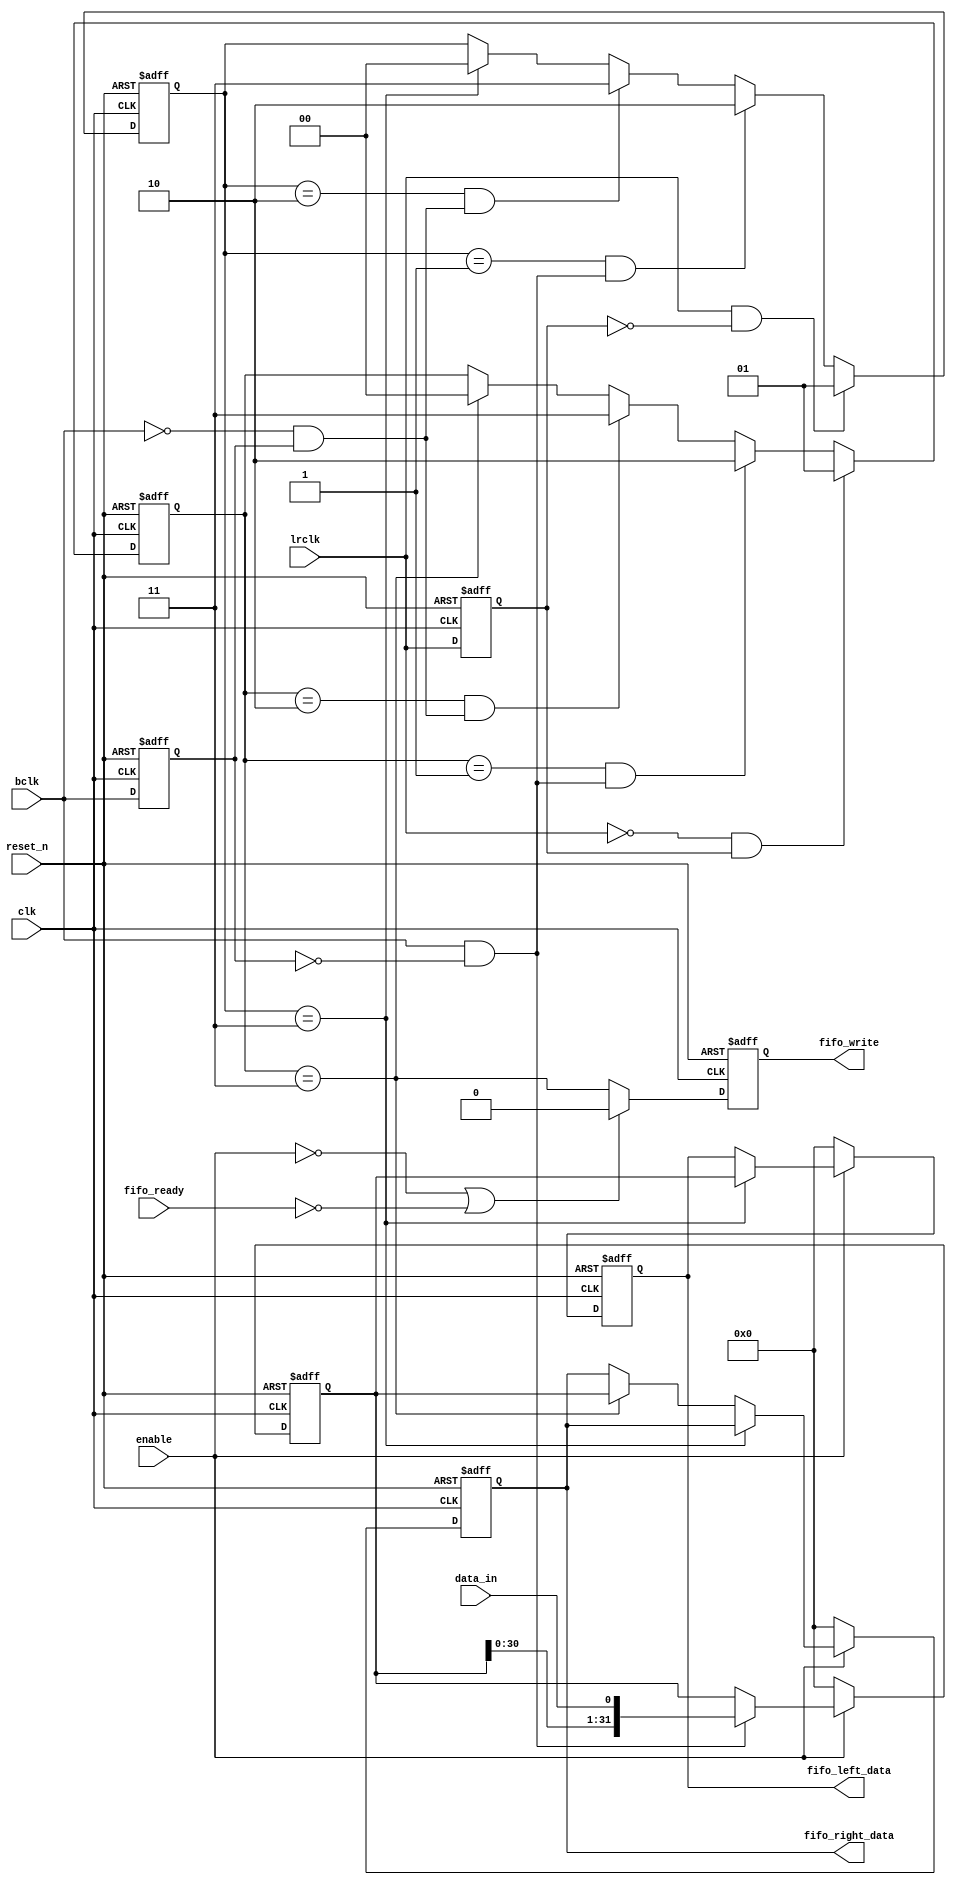
/*
 * I2S shift in function.  Data interface is a FIFO.  FIFO is assumed to be dual-clock.
 * There will be no writes if not enabled.
 * New values will be written to FIFO only when fifo_ready.  If enabled, but not ready,
 * the last data sample will be dropped.
 */
module i2s_shift_in (
	input				clk,				// Master clock, should be synchronous with bclk/lrclk
	input				reset_n,			// Asynchronous reset
	output reg	[31:0]	fifo_right_data,	// Fifo interface, right channel
	output reg	[31:0]	fifo_left_data,		// Fifo interface, left channel
	input				fifo_ready,			// Fifo ready (not full)
	output reg			fifo_write,			// Fifo write strobe, write only when l+r received

	input				enable,				// Software enable
	input				bclk,				// I2S bclk
	input				lrclk,				// I2S lrclk (word clock)
	input				data_in				// Data in from ADC
);

	// bclk edge
	reg bclk_delayed;
	always @(posedge clk or negedge reset_n)
	begin
		if (~reset_n)
		begin
			bclk_delayed <= 0;
		end
		else
		begin
			bclk_delayed <= bclk;
		end
	end
	wire bclk_rising_edge = bclk & ~bclk_delayed;
	wire bclk_falling_edge = ~bclk & bclk_delayed;
		
	// lrclk edges
	reg lrclk_delayed;
	always @(posedge clk or negedge reset_n)
	begin
		if (~reset_n)
		begin
			lrclk_delayed <= 0;
		end
		else
		begin
			lrclk_delayed <= lrclk;
		end
	end
	wire lrclk_rising_edge = lrclk & ~lrclk_delayed;
	wire lrclk_falling_edge = ~lrclk & lrclk_delayed;

	// I2S is one bclk delayed, so detect falling egde of first (complete) bclk after each lrclk edge
	reg [1:0] first_bclk_falling_after_lrclk_rising_r;
	always @(posedge clk or negedge reset_n)
	begin
		if (~reset_n)
		begin
			first_bclk_falling_after_lrclk_rising_r <= 0;
		end
		else
		begin
			if (lrclk_rising_edge)
				first_bclk_falling_after_lrclk_rising_r <= 2'b01;
			else if (first_bclk_falling_after_lrclk_rising_r == 2'b01 && bclk_rising_edge)
				first_bclk_falling_after_lrclk_rising_r <= 2'b10;
			else if (first_bclk_falling_after_lrclk_rising_r == 2'b10 && bclk_falling_edge)
				first_bclk_falling_after_lrclk_rising_r <= 2'b11;
			else if (first_bclk_falling_after_lrclk_rising_r == 2'b11)
				first_bclk_falling_after_lrclk_rising_r <= 2'b00;
		end
	end
	wire first_bclk_falling_after_lrclk_rising = first_bclk_falling_after_lrclk_rising_r == 2'b11;
	
	reg [1:0] first_bclk_falling_after_lrclk_falling_r;
	always @(posedge clk or negedge reset_n)
	begin
		if (~reset_n)
		begin
			first_bclk_falling_after_lrclk_falling_r <= 0;
		end
		else
		begin
			if (lrclk_falling_edge)
				first_bclk_falling_after_lrclk_falling_r <= 2'b01;
			else if (first_bclk_falling_after_lrclk_falling_r == 2'b01 && bclk_rising_edge)
				first_bclk_falling_after_lrclk_falling_r <= 2'b10;
			else if (first_bclk_falling_after_lrclk_falling_r == 2'b10 && bclk_falling_edge)
				first_bclk_falling_after_lrclk_falling_r <= 2'b11;
			else if (first_bclk_falling_after_lrclk_falling_r == 2'b11)
				first_bclk_falling_after_lrclk_falling_r <= 2'b00;
		end
	end
	wire first_bclk_falling_after_lrclk_falling = first_bclk_falling_after_lrclk_falling_r == 2'b11;
	
	// shift-register
	reg [31:0] shift_register;
	always @(posedge clk or negedge reset_n)
	begin
		if (~reset_n)
		begin
			shift_register <= 0;
		end
		else
		begin
			if (~enable)
				shift_register <= 0;
			else if (bclk_rising_edge)
				shift_register <= {shift_register[30:0], data_in};
		end
	end

	// Load output register
	always @(posedge clk or negedge reset_n)
	begin
		if (~reset_n)
		begin
			fifo_right_data <= 0;
			fifo_left_data <= 0;
		end
		else
		begin
			if (~enable)
			begin
				fifo_right_data <= 0;
				fifo_left_data <= 0;
			end
			else if (first_bclk_falling_after_lrclk_rising)
				fifo_left_data <= shift_register;
			else if (first_bclk_falling_after_lrclk_falling)
				fifo_right_data <= shift_register;
		end				
	end

	// fifo write strobe, one clock after right channel has been loaded to output register
	always @(posedge clk or negedge reset_n)
	begin
		if (~reset_n)
		begin
			fifo_write <= 0;
		end
		else
		begin
			if (~enable | ~fifo_ready)
				fifo_write <= 0;
			else
				fifo_write <= first_bclk_falling_after_lrclk_falling;
		end
	end

endmodule